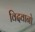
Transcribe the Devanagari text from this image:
विदवानो